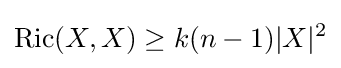
\operatorname {Ric} (X,X)\geq k(n-1)|X|^{2}